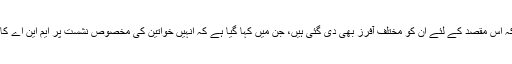
ذرائع کا کہنا ہے کہ اس مقصد کے لئے ان کو مختلف آفرز بھی دی گئی ہیں، جن میں کہا گیا ہے کہ انہیں خواتین کی مخصوص نشست پر ایم این اے کا ٹکٹ دیا جائے گا۔